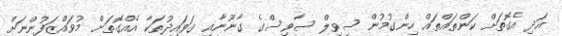
އަދި އެގޮތަށް ކަންތައްތައް ހިންގުމުން ސިވިލް ސާވިސްގެ ގާނޫނާއި ގަވައިދުތަކާ އެއްގޮތަށް މުވައްޒަފުންނަށް